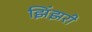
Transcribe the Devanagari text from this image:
झिंझरी